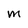
Character: M